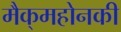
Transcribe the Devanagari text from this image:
मैक्‌महोनकी